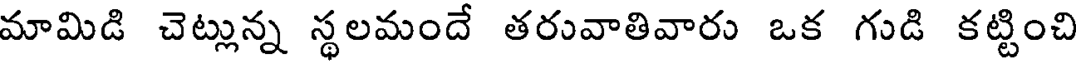
మామిడి చెట్లున్న స్థలమందే తరువాతివారు ఒక గుడి కట్టించి